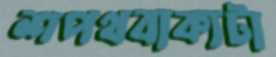
শপথবাক্যটা